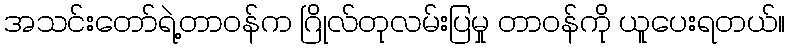
အသင်းတော်ရဲ့တာဝန်က ဂြိုလ်တုလမ်းပြမှု တာဝန်ကို ယူပေးရတယ်။